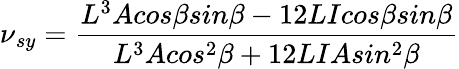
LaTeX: \nu{_{sy}}=\frac{L^{3}Acos\beta sin\beta-12LIcos\beta sin\beta}{L^{3}Acos^{2}\beta+12LIAsin^{2}\beta}